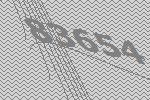
83654